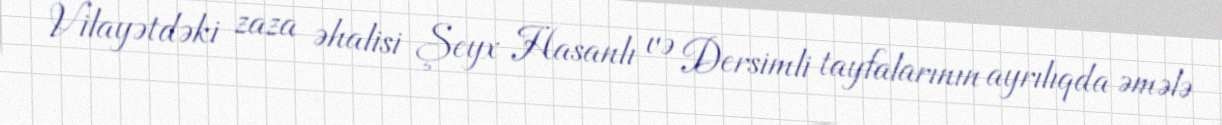
Vilayətdəki zaza əhalisi Şeyx Hasanlı və Dersimli tayfalarının ayrılıqda əmələ